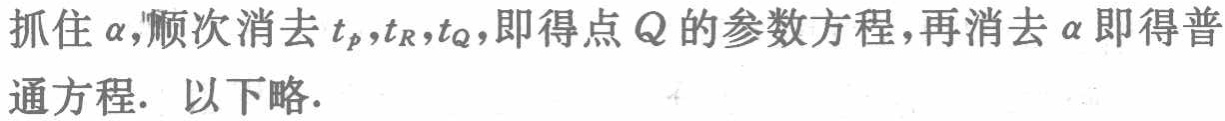
抓住\(\alpha\)，顺次消去\(t_{p},t_{R},t_{Q}\)，即得点\(Q\)的参数方程，再消去\(\alpha\)即得普通方程. 以下略.